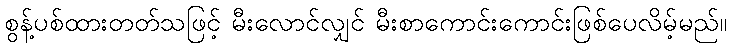
စွန့်ပစ်ထားတတ်သဖြင့် မီးလောင်လျှင် မီးစာကောင်းကောင်းဖြစ်ပေလိမ့်မည်။